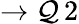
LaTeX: \to\mathcal{Q}\, 2